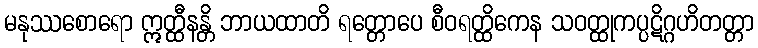
မနုဿစောရော ဣတ္ထီနန္တိ ဘာယထာတိ ရတ္တောပေ စီဝရတ္ထိကေန သဝတ္ထုကပ္ပဋိဂ္ဂဟိတတ္တာ